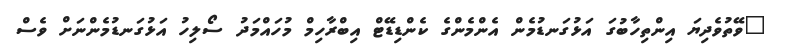
"ވޭތުވެދިޔަ އިންތިހާބުގަ އަޅުގަނޑުމެން އެންމެންގެ ކެންޑިޑޭޓް އިބްރާހިމް މުހައްމަދު ސޯލިހު އަޅުގަނޑުމެންނަށް ވެސް